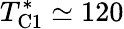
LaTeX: T_{\mathrm{C1}}^{*}\simeq 120